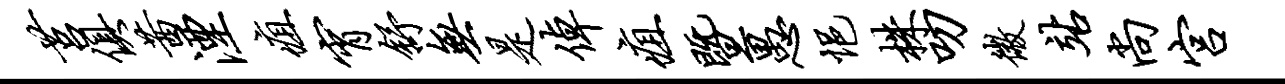
莒俱茜湮疽宵舒无是倬疽暨愚悒株叨微站尚宫